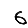
Digit: 6